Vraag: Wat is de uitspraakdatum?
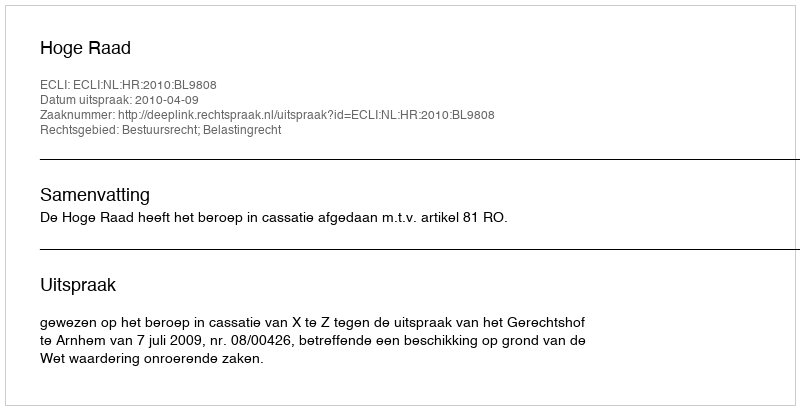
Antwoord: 2010-04-09